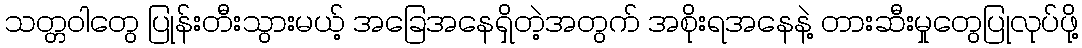
သတ္တဝါတွေ ပြုန်းတီးသွားမယ့် အခြေအနေရှိတဲ့အတွက် အစိုးရအနေနဲ့ တားဆီးမှုတွေပြုလုပ်ဖို့